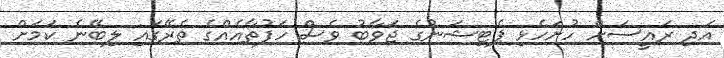
އަދި ރައީސަށް ހުށަހެޅި ޕެޓިޝަނުގެ ޖަވާބު ވެސް ހަފުތާއެއްގެ ތެރޭގައި ލިބޭނެ ކަމަށް